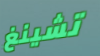
تشينغ